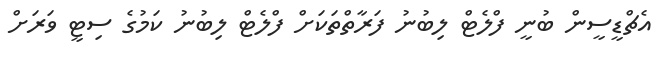
އެޗްޑީސީން ބުނީ ފްލެޓް ލިބުނު ފަރާތްތަކަށް ފްލެޓް ލިބުނު ކަމުގެ ސިޓީ ވަރަށް